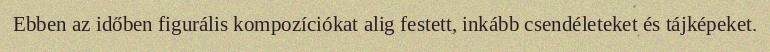
Ebben az időben figurális kompozíciókat alig festett, inkább csendéleteket és tájképeket.